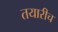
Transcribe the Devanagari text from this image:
तयारीच